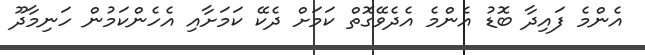
އެންމެ ފައިދާ ބޮޑު އެންމެ އެދެވޭގޮތް ކަމަށް ދެކޭ ކަމަށާއި އެހެންކަމުން ހަނިމާދޫ